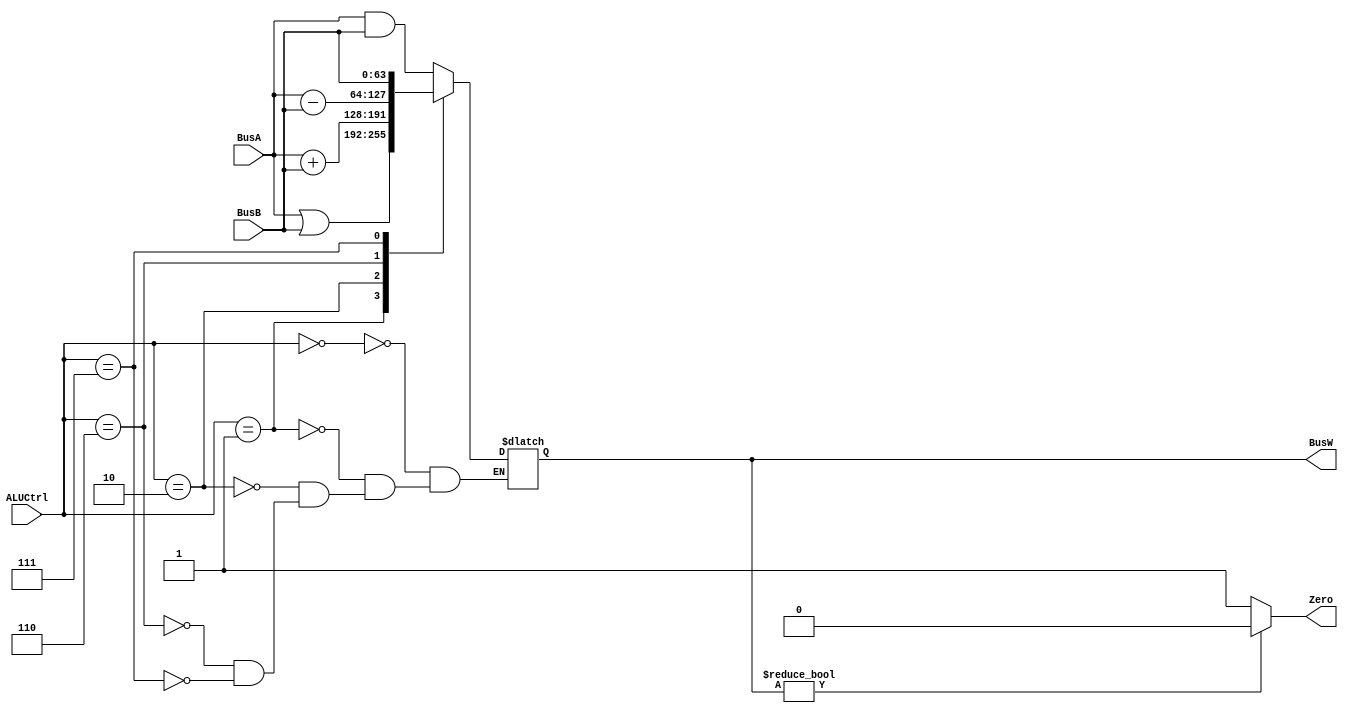
`define AND   4'b0000
`define OR    4'b0001
`define ADD   4'b0010
`define SUB   4'b0110
`define PassB 4'b0111


module ALU(BusW, BusA, BusB, ALUCtrl, Zero);
    
    parameter n = 64;

    output  [n-1:0] BusW;
    input   [n-1:0] BusA, BusB;
    input   [3:0] ALUCtrl;
    output  Zero;
    
    reg     [n-1:0] BusW;
    
    always @(ALUCtrl or BusA or BusB) begin
        case(ALUCtrl)
            `AND: BusW <= #20 BusA & BusB;
            `OR: BusW <= #20 BusA | BusB;
            `ADD: BusW <= #20 BusA + BusB;
            `SUB: BusW <= #20 BusA - BusB;
            `PassB: BusW <= #20 BusB;
        endcase
    end
	
  assign #1 Zero = (BusW ? 1'b0 : 1'b1);
endmodule